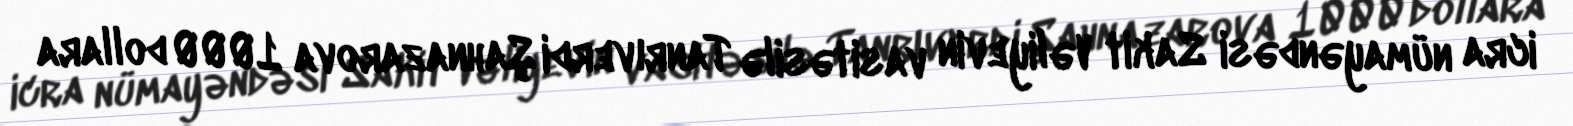
icra nümayəndəsi Sakit Vəliyevin vasitəsilə Tanrıverdi Şahnazarova 1000 dollara